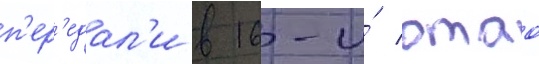
п'ер'едал'и в 16-и́ отао